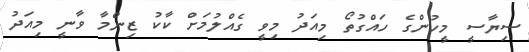
ސިޔާސީ މީހުންގެ ހައްގުތޯ މިއަދު މިވީ ގެއްލުމަށް ކާކު ޒިންމާ ވާނީ މިއަދު